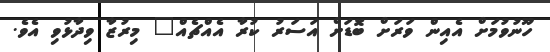
ހޫނުވުމަށް އެއިން ވަރަށް ބޮޑަށް އަސަރު ކުރާ އެއްޗެއް" މިރުޒާ ވިދާޅުވި އެވެ.